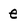
Character: e